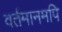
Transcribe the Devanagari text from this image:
वर्तमानमपि